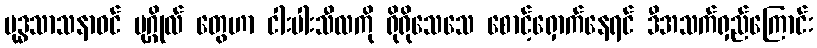
ဗုဒ္ဓသာသနာဝင် ပုဂ္ဂိုလ် တွေဟာ ငါးပါးသီလကို ရိုရိုသေသေ စောင့်ရှောက်နေရင် ဒီအသက်ရှည်ကြောင်း